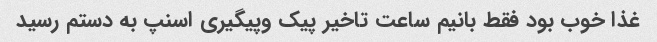
غذا خوب بود فقط بانیم ساعت تاخیر پیک وپیگیری اسنپ به دستم رسید